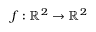
f : \mathbb { R } ^ { 2 } \to \mathbb { R } ^ { 2 }